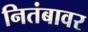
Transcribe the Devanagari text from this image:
नितंबावर